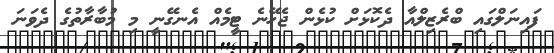
ފައިނަލްގައި ބްރެޒިލްއާ ދެކޮޅަށް ކުޅެން ޖެހޭނެ ޓީމެއް އެނގޭނީ މި މުބާރާތުގެ ދެވަނަ